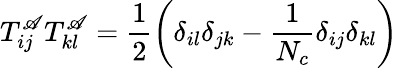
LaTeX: T_{ij}^{\mathscr{A}}T_{kl}^{\mathscr{A}}=\frac{{1}}{{2}}\left(\delta_{il}\delta_{jk}-\frac{{1}}{{N_{c}}}\delta_{ij}\delta_{kl}\right)\,